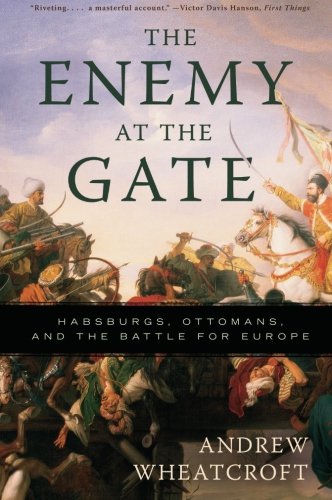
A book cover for The Enemy at the Gate: Habsburgs, Ottomans, and the Battle for Europe; Andrew Wheatcroft; History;